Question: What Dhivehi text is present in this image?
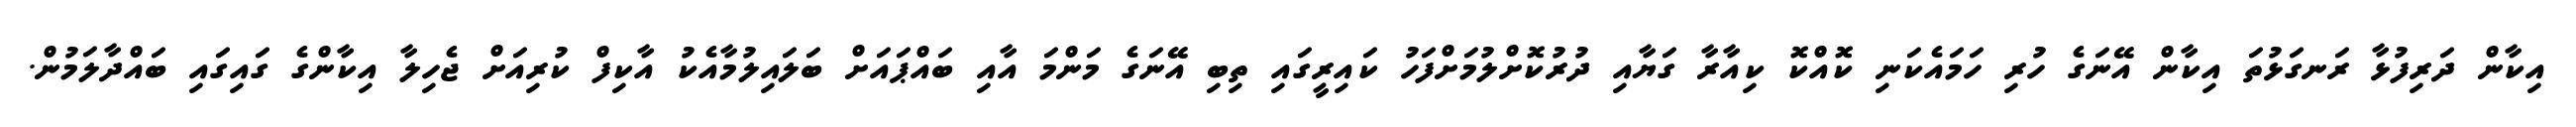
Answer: އިކާން ދަރިފުޅާ ރަނގަޅުތަ އިކާން އޭނަގެ ހުރި ހަމައެކަނި ކޮއްކޮ ކިއާރާ ގަޔާއި ދުރުކޮށްލުމަށްފަހު ކައިރީގައި ތިބި އޭނަގެ މަންމަ އާއި ބައްޕައަށް ބަލައިލުމާއެކު އާކިފް ކުރިއަށް ޖެހިލާ އިކާންގެ ގައިގައި ބައްދާލަމުން.